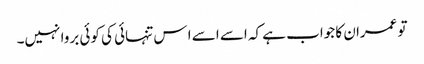
تو عمران کا جواب ہے کہ اسے اسے ا س تنہائی کی کوئی بروا نہیں۔